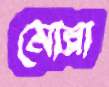
মোল্লা